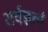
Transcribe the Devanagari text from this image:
सर्वज्ञत्वं